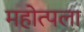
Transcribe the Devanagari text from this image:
महोत्पला